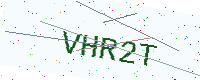
Text: VHR2T